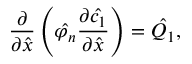
\frac { \partial } { \partial \hat { x } } \left( \hat { \varphi _ { n } } \frac { \partial \hat { c _ { 1 } } } { \partial \hat { x } } \right) = \hat { Q _ { 1 } } ,